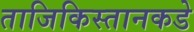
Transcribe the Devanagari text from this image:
ताजिकिस्तानकडे